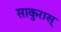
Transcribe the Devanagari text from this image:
साकुरास्